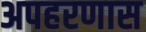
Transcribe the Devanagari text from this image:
अपहरणास